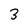
Character: 3